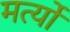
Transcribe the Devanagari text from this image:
मर्त्यो